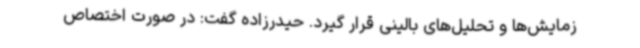
زمایش‌ها و تحلیل‌های بالینی قرار گیرد. حیدرزاده گفت: در صورت اختصاص